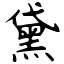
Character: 黛